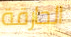
الحارقة